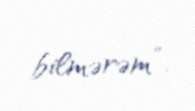
bilmərəm”.